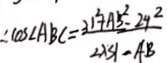
\therefore \cos \angle A B C = \frac { 3 1 ^ { 2 } + A B ^ { 2 } - 2 4 ^ { 2 } } { 2 \times 3 1 - A B }